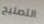
التصليح